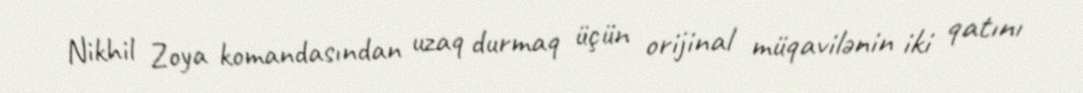
Nikhil Zoya komandasından uzaq durmaq üçün orijinal müqavilənin iki qatını